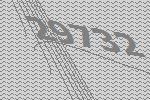
29732